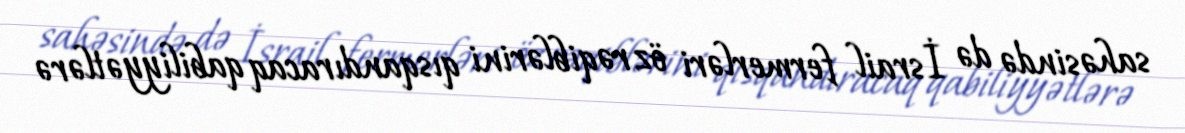
sahəsində də İsrail fermerləri öz rəqiblərini qısqandıracaq qabiliyyətlərə